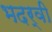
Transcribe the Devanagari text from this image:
भदर्वी